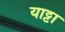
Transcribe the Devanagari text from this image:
याट्टा